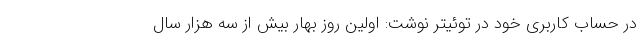
در حساب کاربری خود در توئیتر نوشت: اولین روز بهار بیش از سه هزار سال